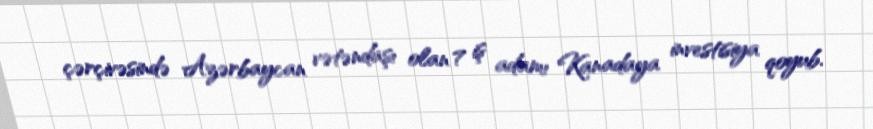
çərçivəsində Azərbaycan vətəndaşı olan 7 iş adamı Kanadaya investisiya qoyub.